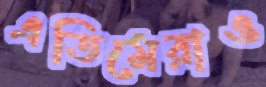
এতিমেরাও